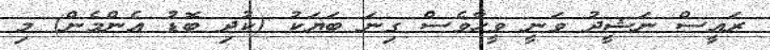
ރައީސް ނަޝީދު ވަނީ ވީހާވެސް ގިނަ ބަޔަކު (ކުދި ބޮޑު އެންމެން) މި